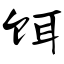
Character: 饵